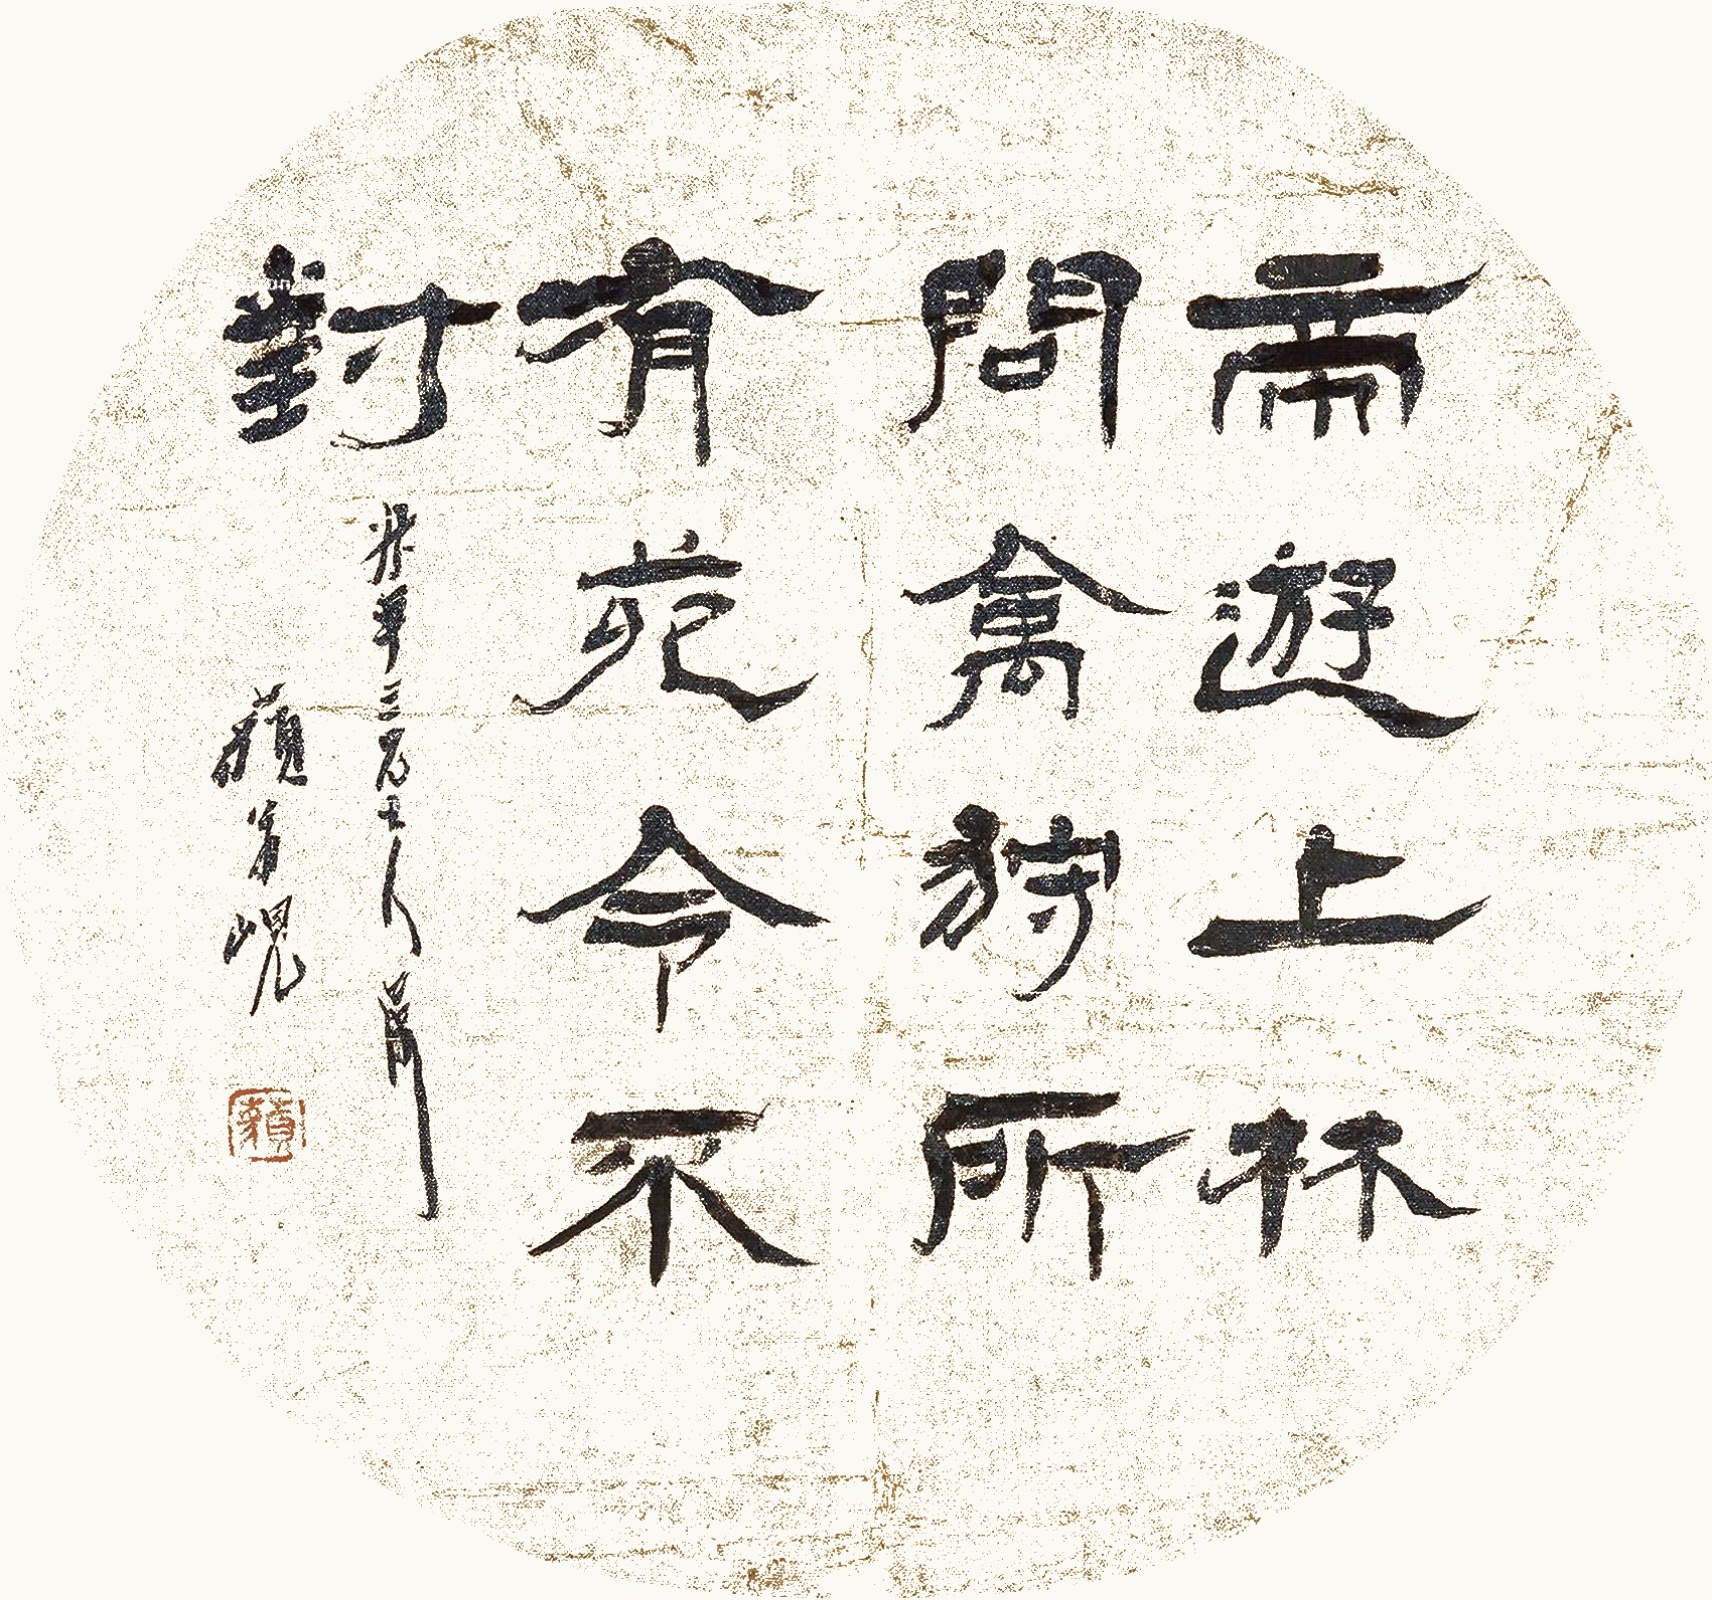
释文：帝游上林，问禽狩所有。苑令不对。叔平三兄大人属，藐翁岘。